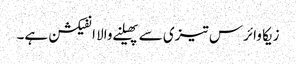
زیکا وائرس تیزی سے پھیلنے والا انفیکشن ہے۔